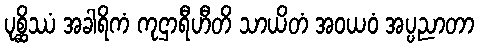
ပုစ္ဆိဿံ အခါရိကံ ကုဌာရီဟီတိ သာယိတံ အဝယဝံ အပ္ပညာတာ